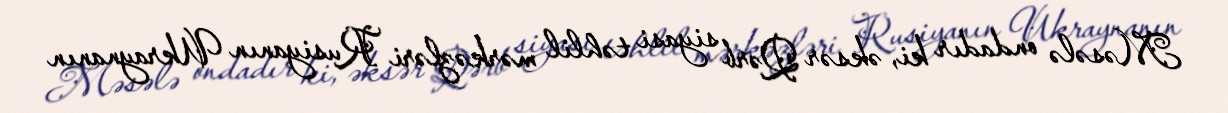
Məsələ ondadır ki, əksər Qərb siyasi təhlil mərkəzləri Rusiyanın Ukraynanın